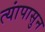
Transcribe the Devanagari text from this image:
त्यांपासुन